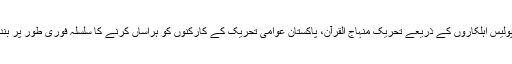
ہم فیصل آباد کی انتظامیہ کو متنبہ کرنا چاہتے ہیں کہ وفاقی اور صوبائی ایجنسیاں پولیس اہلکاروں کے ذریعے تحریک منہاج القرآن، پاکستان عوامی تحریک کے کارکنوں کو ہراساں کرنے کا سلسلہ فوری طور پر بند کیا جائے ورنہ فیصل آباد کے ہر چوک کو تحریر سکوائر چوک میں بدل دیں گے۔